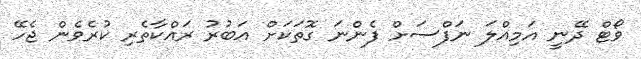
ވޯޓް ދޭނީ އަމިއްލަ ނަފްސަށް ފެންނަ ގޮތަކަށް އަބުރު ރައްކާތެރި ކުރެވެން ޖެހޭ